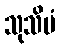
သုသိမံ